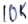
Text: 10K